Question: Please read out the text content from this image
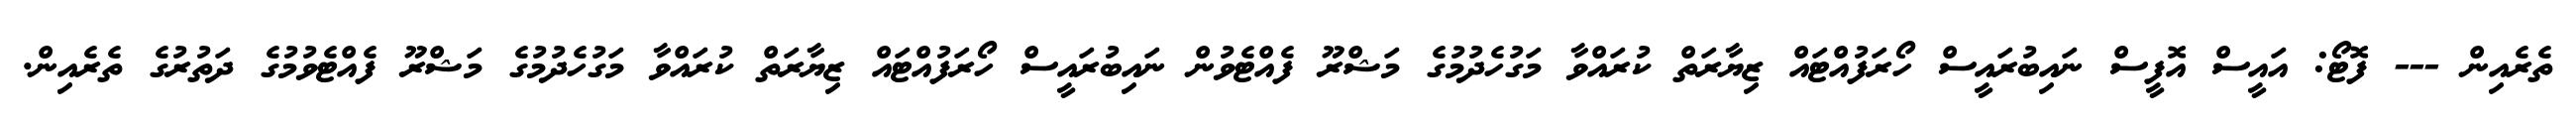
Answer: ތެރެއިން --- ފޮޓޯ: އައީސް އޮފީސް ނައިބުރައީސް ހޯރަފުއްޓައް ޒިޔާރަތް ކުރައްވާ މަގުހެދުމުގެ މަޝްރޫ ފެއްޓެވުން ނައިބުރައީސް ހޯރަފުއްޓައް ޒިޔާރަތް ކުރައްވާ މަގުހެދުމުގެ މަޝްރޫ ފެއްޓެވުމުގެ ދަތުރުގެ ތެރެއިން.